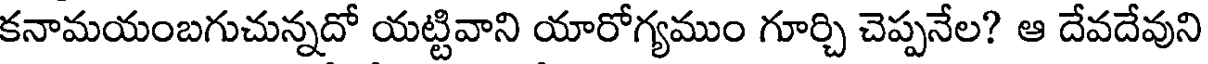
కనామయంబగుచున్నదో యట్టివాని యారోగ్యముం గూర్చి చెప్పనేల? ఆ దేవదేవుని